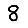
Digit: 8